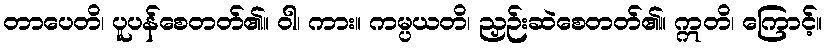
တာပေတိ၊ ပူပန်စေတတ်၏။ ဝါ၊ ကား။ ကမ္ပယတိ၊ ညှဉ်းဆဲစေတတ်၏။ ဣတိ၊ ကြောင့်။